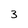
Character: 3